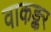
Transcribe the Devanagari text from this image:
वाकङ्कर